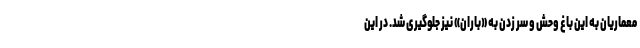
معماریان به این باغ وحش و سر زدن به «باران» نیز جلوگیری شد. در این